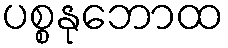
ပစ္စနုဘောထ